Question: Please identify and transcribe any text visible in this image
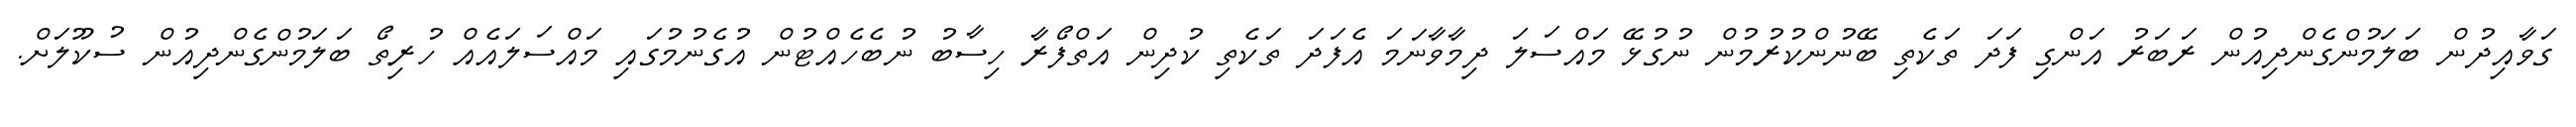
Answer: ގަވާއިދުން ބަލަމުންގެންދިއުން ރަބަރު އަންގި ފަދަ ތަކެތި ބޭނުންކުރުމުން ނުގުޅޭ މައްސަލަ ދިމާވާނަމަ އެފަދަ ތަކެތި ކުދިން އަތްފޯރާ ހިސާބު ނުބެހެއްޓުން އުގެނުމުގައި މައްސަލައެއް ހުރިތޯ ބަލަމުންގެންދިއުން ސުކޫލަށް.